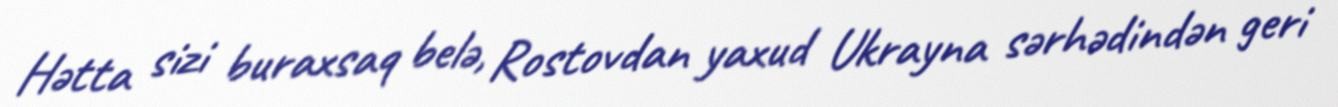
Hətta sizi buraxsaq belə, Rostovdan yaxud Ukrayna sərhədindən geri